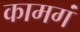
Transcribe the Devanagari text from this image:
कामगं